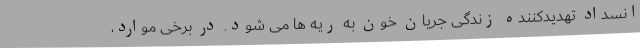
انسداد تهدیدکننده زندگی جریان خون به ریه ها می شود. در برخی موارد،